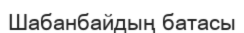
Шабанбайдың батасы